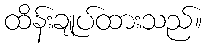
ထိန်းချုပ်ထားသည်။